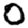
Digit: 0